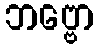
ဘဗ္ဗော